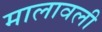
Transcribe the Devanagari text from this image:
मालावली